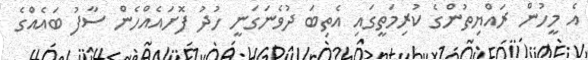
އެ މީހުން ރައްޔިތުންގެ ކުރިމަތީގައި އެތިބަ ދުވެނަގަނީ ހުދު ފޮށައެއްހެން ސާފު ބައެއްގެ